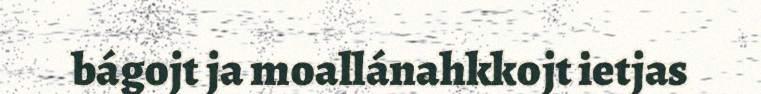
bágojt ja moallánahkkojt ietjas